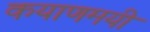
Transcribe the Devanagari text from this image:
कयाणमयी